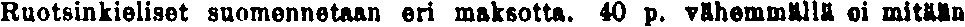
Ruotsinkieliset suomennetaan eri maksotta. 40 p. vähemmällä ei mitään